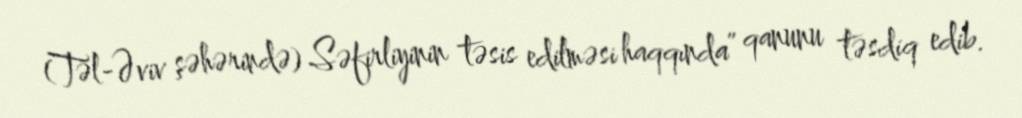
(Təl-Əviv şəhərində) Səfirliyinin təsis edilməsi haqqında” qanunu təsdiq edib.